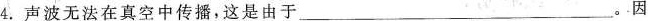
4.声波无法在真空中传播，这是由于 ___ 。因